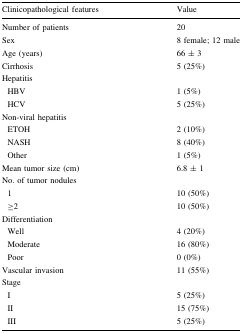
| Clinicopathological features | Value |
 | --- | --- |
 | Number of patients | 20 |
 | Sex | 8 female; 12 male |
 | Age (years) | 66 ± 3 |
 | Cirrhosis | 5 (25%) |
 | <COLSPAN=2> Hepatitis |
 | HBV | 1 (5%) |
 | HCV | 5 (25%) |
 | <COLSPAN=2> Non-viral hepatitis |
 | ETOH | 2 (10%) |
 | NASH | 8 (40%) |
 | Other | 1 (5%) |
 | Mean tumor size (cm) | 6.8 ± 1 |
 | <COLSPAN=2> No. of tumor nodules |
 | 1 | 10 (50%) |
 | ≥2 | 10 (50%) |
 | <COLSPAN=2> Differentiation |
 | Well | 4 (20%) |
 | Moderate | 16 (80%) |
 | Poor | 0 (0%) |
 | Vascular invasion | 11 (55%) |
 | <COLSPAN=2> Stage |
 | I | 5 (25%) |
 | II | 15 (75%) |
 | III | 5 (25%) |